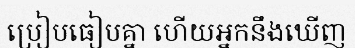
ប្រៀបធៀបគ្នា ហើយអ្នកនឹងឃើញ